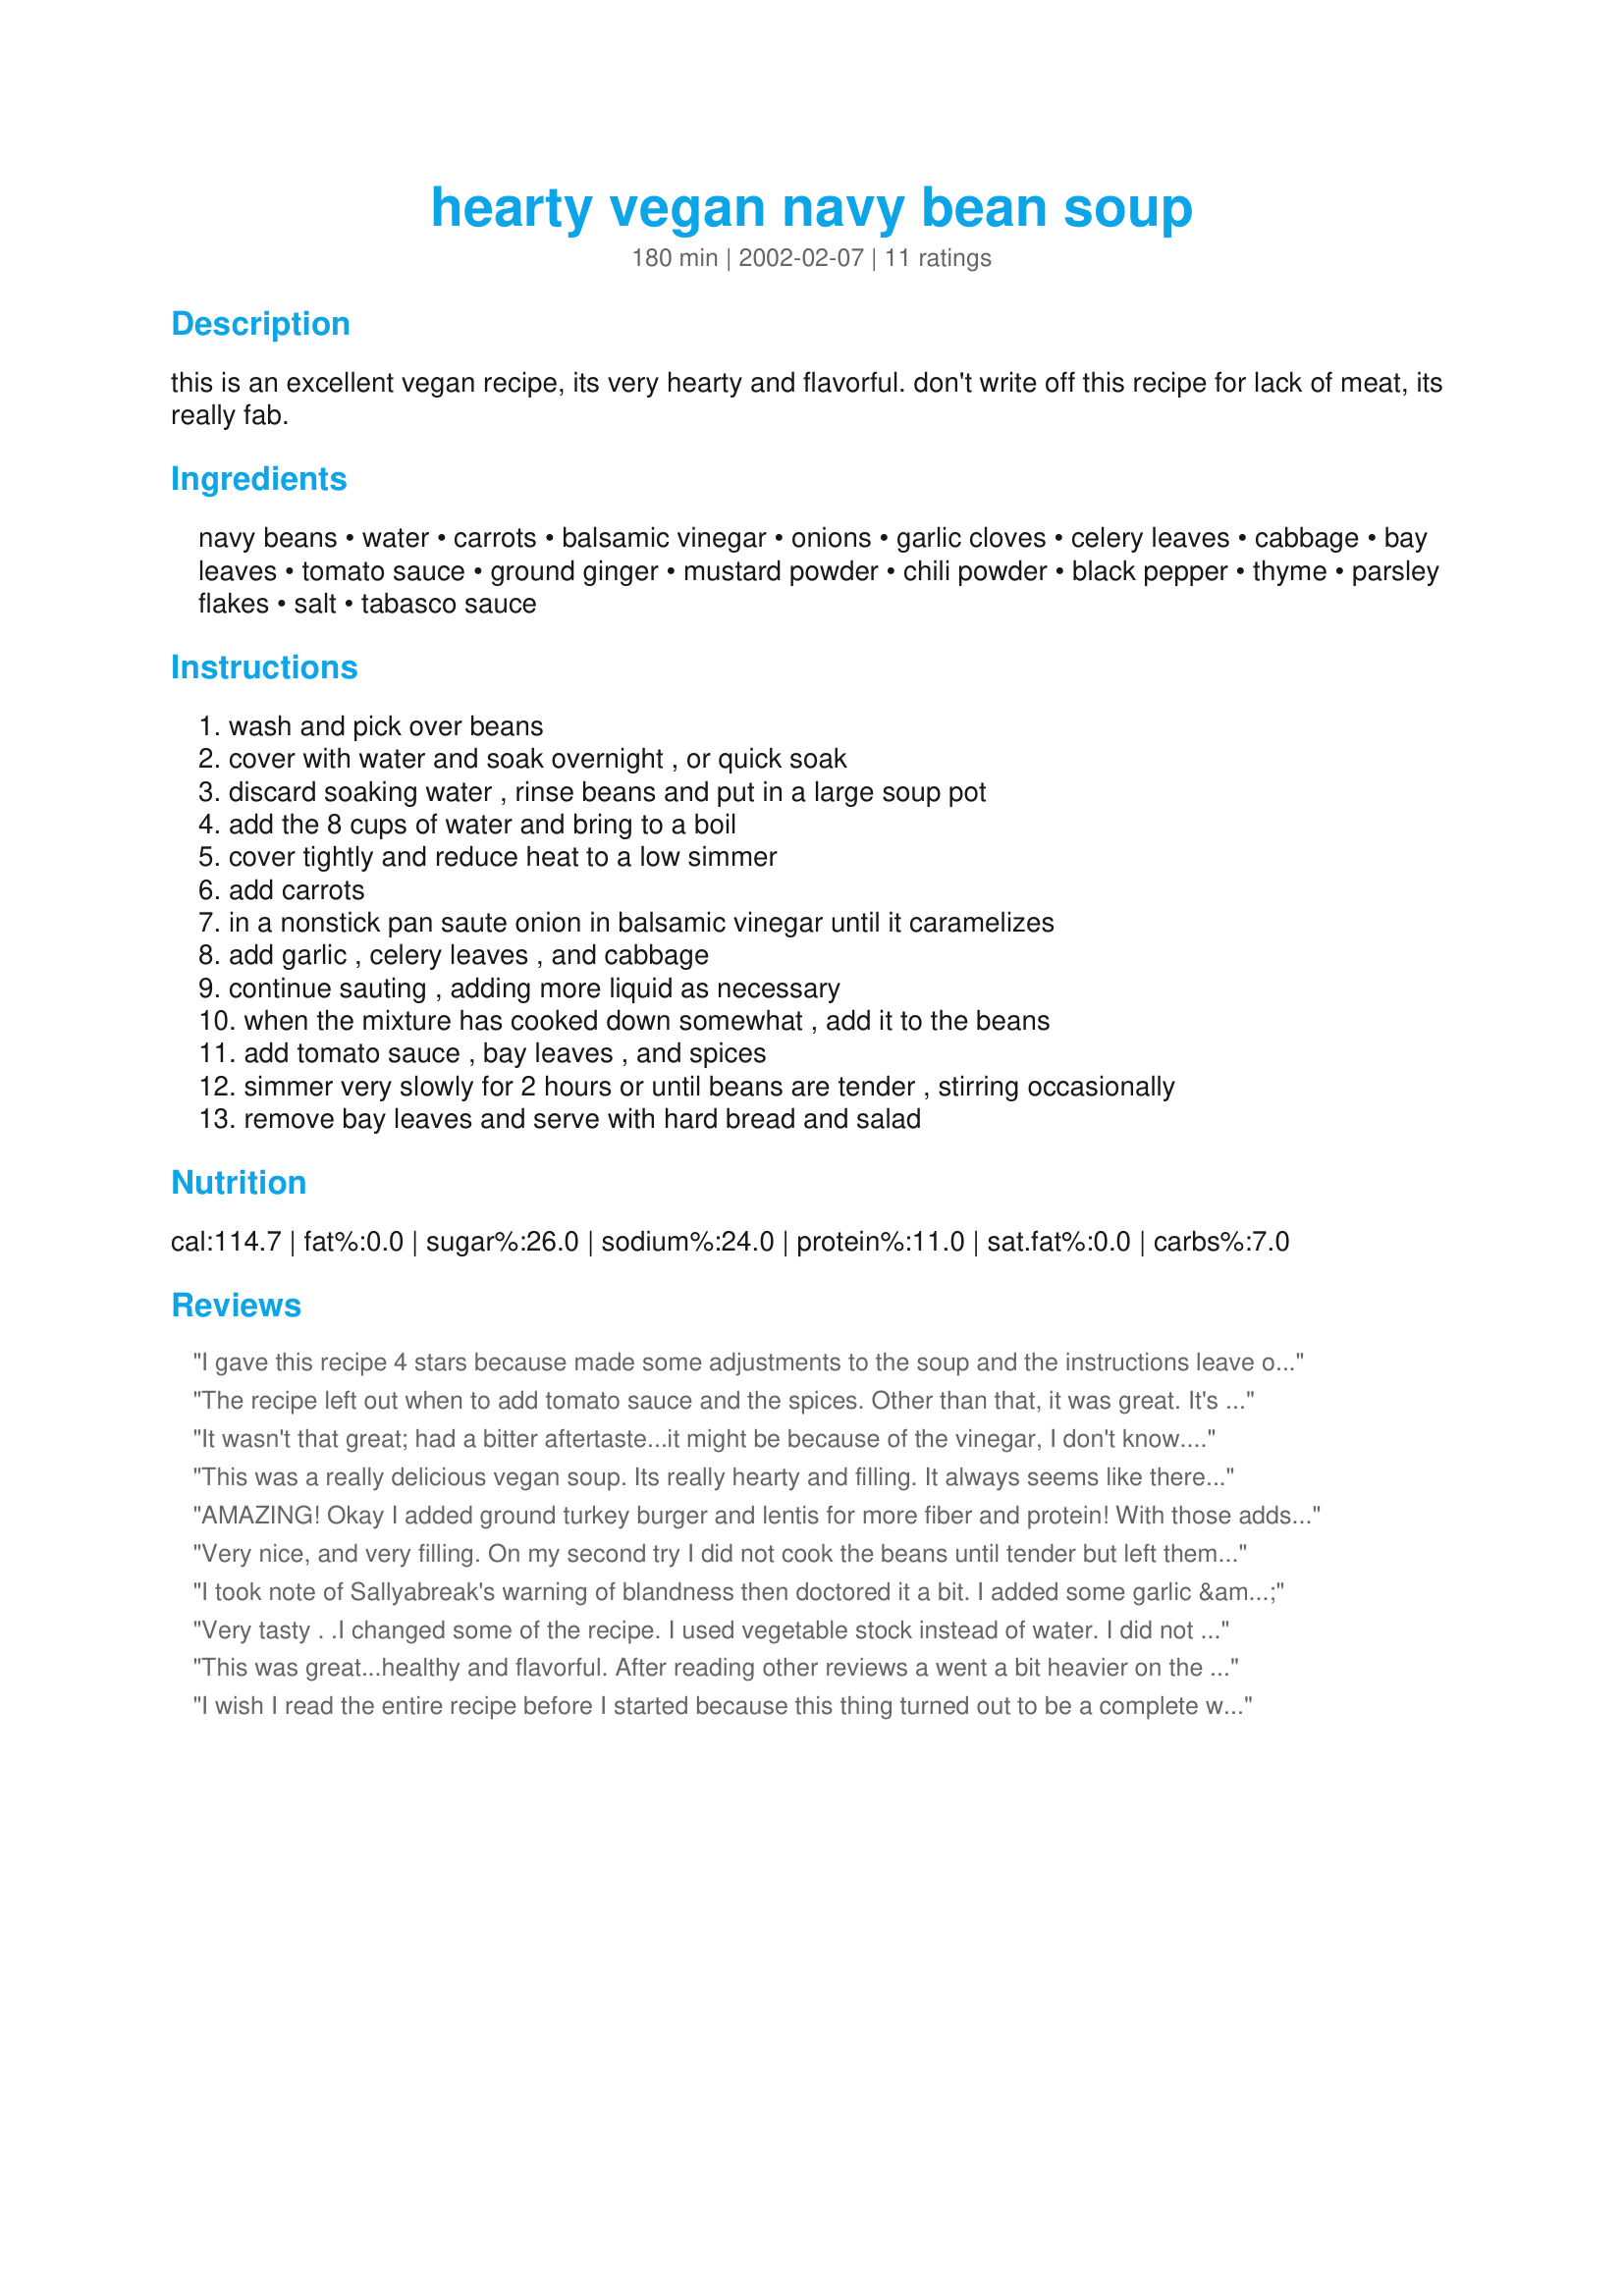
hearty vegan navy bean soup
Preparation time: 180 minutes

this is an excellent vegan recipe, its very hearty and flavorful. don't write off this recipe for lack of meat, its really fab.

Ingredients:
navy beans, water, carrots, balsamic vinegar, onions, garlic cloves, celery leaves, cabbage, bay leaves, tomato sauce, ground ginger, mustard powder, chili powder, black pepper, thyme, parsley flakes, salt, tabasco sauce

Steps:
wash and pick over beans, cover with water and soak overnight , or quick soak, discard soaking water , rinse beans and put in a large soup pot, add the 8 cups of water and bring to a boil, cover tightly and reduce heat to a low simmer, add carrots, in a nonstick pan saute onion in balsamic vinegar until it caramelizes, add garlic , celery leaves , and cabbage, continue sauting , adding more liquid as necessary, when the mixture has cooked down somewhat , add it to the beans, add tomato sauce , bay leaves , and spices, simmer very slowly for 2 hours or until beans are tender , stirring occasionally, remove bay leaves and serve with hard bread and salad

Reviews:
I gave this recipe 4 stars because made some adjustments to the soup and the instructions leave out completely when to add the spices, etc. First, I added two cubes of vegan bouillon to the soup. Added a few splashes of good Marsala wine to the onion, garlic, celery mix. Once the soup was almost ready, added some fresh baby spinach and whole wheat macaroni. This was a delicious soup!
The recipe left out when to add tomato sauce and the spices. Other than that, it was great. It's very flavorful and healthy.
It wasn't that great; had a bitter aftertaste...it might be because of the vinegar, I don't know. I added basil and oregeno also but it didn't help much.
This was a really delicious vegan soup. Its really hearty and filling. It always seems like there is a little something missing in soup stocks for vegan recipes, but the mix of spices really make this soup very flavorful. I couldnt stop eating it. Its great with warm foccacia bread too, FYI..
AMAZING! Okay I added ground turkey burger and lentis for more fiber and protein! With those adds I have to rank 5 star. For "stock" I used heartsmart V-8. I did not use the low sodium, you probably could. *IF YOU ARE DIETING THIS IS A MUST DO RECIPE IMO*<br/><br/>One of the posters said it was bitter, that's probably the tabasco sauce that's called for last- which Franks Red Hot is a little less bitter -- or cayenne pepper might be less bitter. Some peppers can throw bitter flavor, I've noticed that with tabasco brand.
Very nice, and very filling. On my second try I did not cook the beans until tender but left them slightly "al dente", which I liked better. Freezes and reheats very well.
I took note of Sallyabreak's warning of blandness then doctored it a bit. I added some garlic & ginger, and a touch of yellow curry powder for character. I also decided it would be a better pasta dish than soup so I did all my sauteeing in olive oil and the only liquid I added was the viscous juice from the bean can. It was DELICIOUS!
Very tasty . .I changed some of the recipe. I used vegetable stock instead of water. I did not use cabbage, thyme, or ginger because I didn't have them on hand. And I used a can (14.5oz) of no-salt diced tomatoes instead of tomatoe sauce, only 1 clove of garlic,and only about 2/3 of a good size onion. I used a total of three cans (15.5 oz each) of generic brand canned northern beans. I simmered everything in the stock for about an hour. Then put the third can of beans and a ladle of the simmered stock in the blender and pureed. I added the pureed mixture back into the soup to create a thicker soup. Again, it's very tasty, I'll be making it again!
This was great...healthy and flavorful. After reading other reviews a went a bit heavier on the spices but stuck with those listed in the recipe. I used balsamic vinegar for the sauteing which added to the overall flavor. It was not bland at all! This will be a "repeater" here!
I wish I read the entire recipe before I started because this thing turned out to be a complete waste of time. Not only do the recipe's instructions ask you to remove bay leaves that no previous step told you to put in, but it also doesn't even use half the ingredients that are listed. When I realized that the instructions were about to end and I still had all my spices and tomato paste on the counter waiting to be used, I knew something was wrong. To make matters worse, in the picture associated with the recipe, you can clearly see that there are ingredients (elbow noodles) in the soup that aren't even listed in the recipe. I've had to scramble to add the remaining ingredients in a way that I thought made sense and I hope it turns out alright. I can't see how anyone else actually finished the recipe and gave it a great rating if they were following the instructions as currently written.
This soup is amazing. So hearty, flavorful, and the only reason I need a napkin is to blow my nose. I made this twice in the course of 4 days, because it went so quickly. The first time I only used one onion, because we just didn't have another, and without the ginger powder. The second time I had all the correct ingredients except for the bay leaves, and I added a few more carrots, less water, actual celery, and way more cabbage. I love this soup so much! The only reason I need my napkin for this meal is to blow my nose. Faccocia bread is spectacular with it!!
